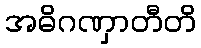
အဓိဂဏှာတီတိ